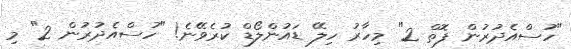
"ހުސްއެދުރުން ފޮތް 2" މިހާރު ހިލޭ ޑައުންލޯޑް ކުރެވޭނެ! "ހުސްއެދުރުން 2" މި